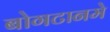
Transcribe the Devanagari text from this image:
बोगटानमे